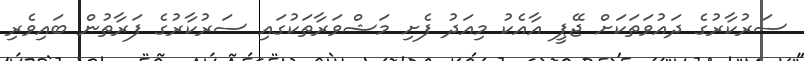
ސަރުކާރުގެ ދައުވަތަަކަށް ޖޭޕީ އާއެކު މިއަދު ފެށި މަޝްވަރާތަކުގައި ސަރުކާރުގެ ފަރާތުން ބައިވެރި